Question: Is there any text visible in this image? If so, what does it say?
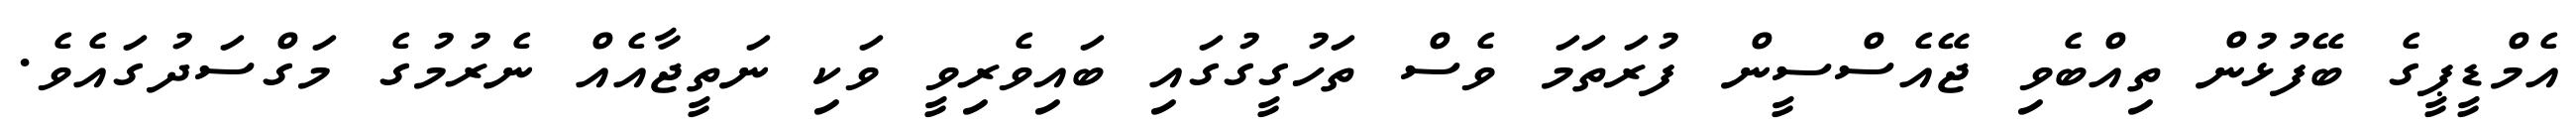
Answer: އެމްޑީޕީގެ ބޭފުޅުން ތިއްބެވި ޖޭއެސްސީން ފުރަތަމަ ވެސް ތަހުގީގުގައި ބައިވެރިވީ ވަކި ނަތީޖާއެއް ނެރުމުގެ މަގްސަދުގައެވެ.